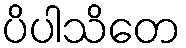
ပိပါသိတေ